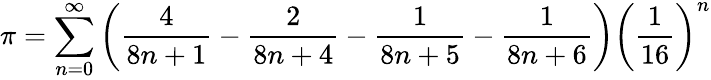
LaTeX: \pi=\sum_{n=0}^{\infty}\left({\frac{4}{8n+1}}-{\frac{2}{8n+4}}-{\frac{1}{8n+5}}-{\frac{1}{8n+6}}\right)\left({\frac{1}{16}}\right)^{n}